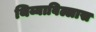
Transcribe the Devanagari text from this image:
थिय्याबिल्लास